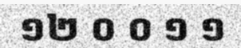
១២ ០ ០ ១ ១